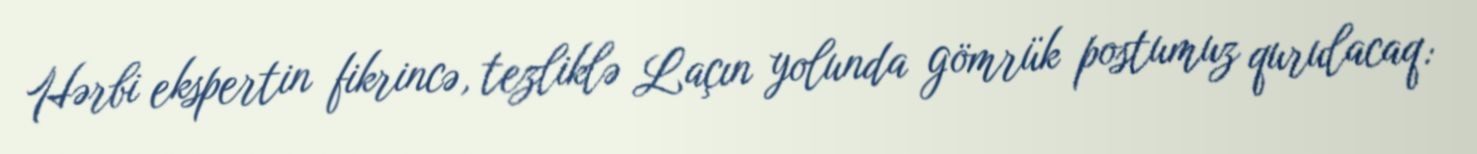
Hərbi ekspertin fikrincə, tezliklə Laçın yolunda gömrük postumuz qurulacaq: